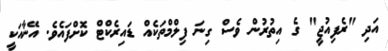
އަދި "ރެފިއުޖީ" ގެ އިތުރުން ވެސް ގިނަ ފިލްމްތަކެއް ޑައިރެކްޓް ކޮށްފައެވެ. އޭނާއަކީ